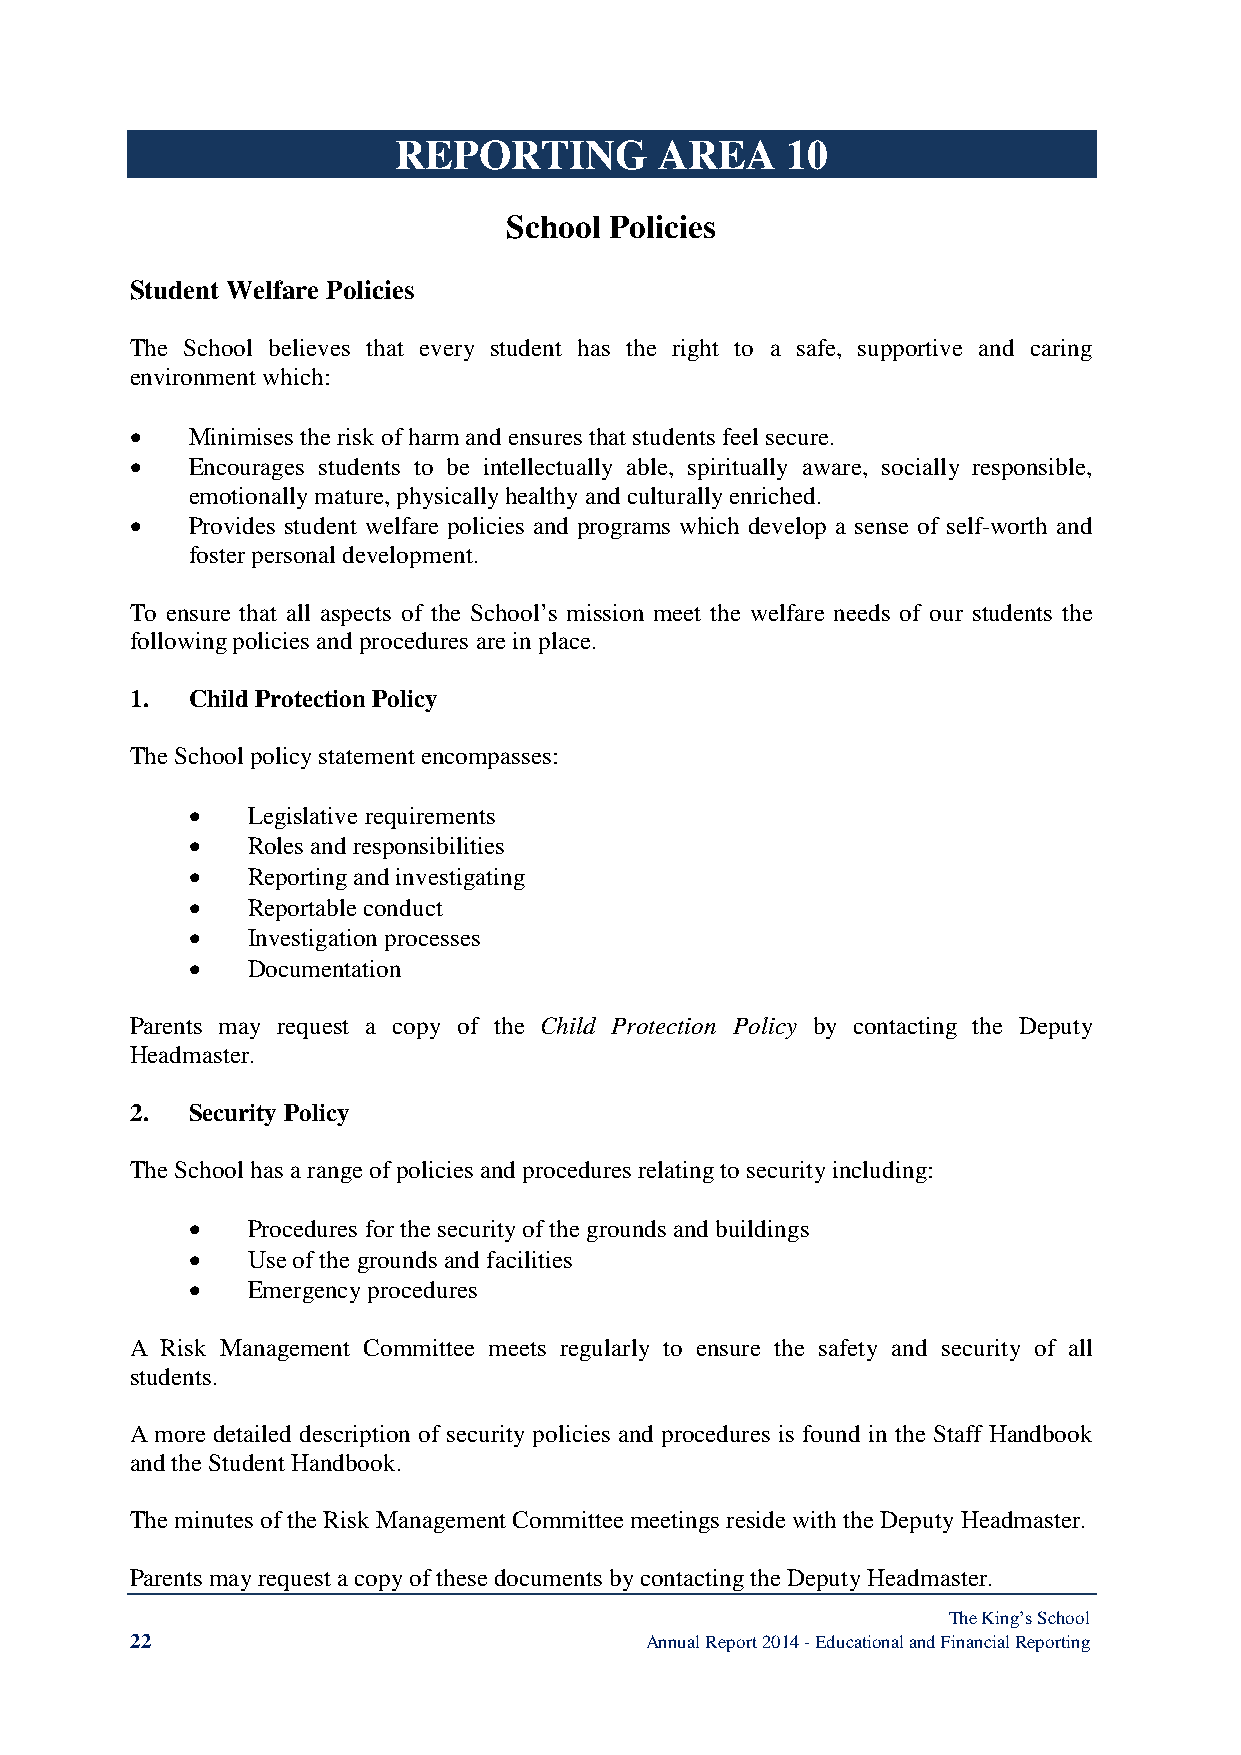
REPORTING         AREA    10
 School Policies
 Student Welfare Policies
 The School believes that every student has the right to a safe, supportive and caring
 environment which:
 •   Minimises the risk of harm and ensures that students feel secure.
 •   Encourages students to be intellectually able, spiritually aware, socially responsible,
 emotionally mature, physically healthy and culturally enriched.
 •   Provides student welfare policies and programs which develop a sense of self-worth and
 foster personal development.
 To ensure that all aspects of the School’s mission meet the welfare needs of our students the
 following policies and procedures are in place.
 1.  Child Protection Policy
 The School policy statement encompasses:
 •  Legislative requirements
 •  Roles and responsibilities
 •  Reporting and investigating
 •  Reportable conduct
 •  Investigation processes
 •  Documentation
 Parents may request a copy of the Child Protection Policy by contacting the Deputy
 Headmaster.
 2.  Security Policy
 The School has a range of policies and procedures relating to security including:
 •  Procedures for the security of the grounds and buildings
 •  Use of the grounds and facilities
 •  Emergency procedures
 A Risk Management Committee meets regularly to ensure the safety and security of all
 students.
 A more detailed description of security policies and procedures is found in the Staff Handbook
 and the Student Handbook.
 The minutes of the Risk Management Committee meetings reside with the Deputy Headmaster.
 Parents may request a copy of these documents by contacting the Deputy Headmaster.
 The King’s School
 22                                Annual Report 2014 - Educational and Financial Reporting